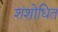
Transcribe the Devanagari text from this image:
शंशोधित